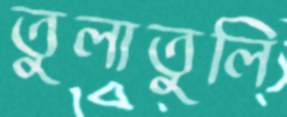
তুলাতুলি